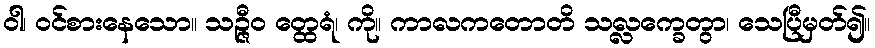
ဝါ၊ ဝင်စားနေသော။ သဉ္ဇီဝ တ္ထေရံ၊ ကို။ ကာလကတောတိ သလ္လက္ခေတွာ၊ သေပြီမှတ်၍။